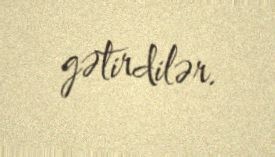
gətirdilər.